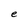
Character: e